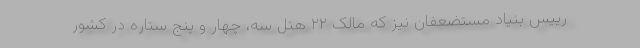
رییس بنیاد مستضعفان نیز که مالک ۲۲ هتلِ سه، چهار و پنج ستاره در کشور